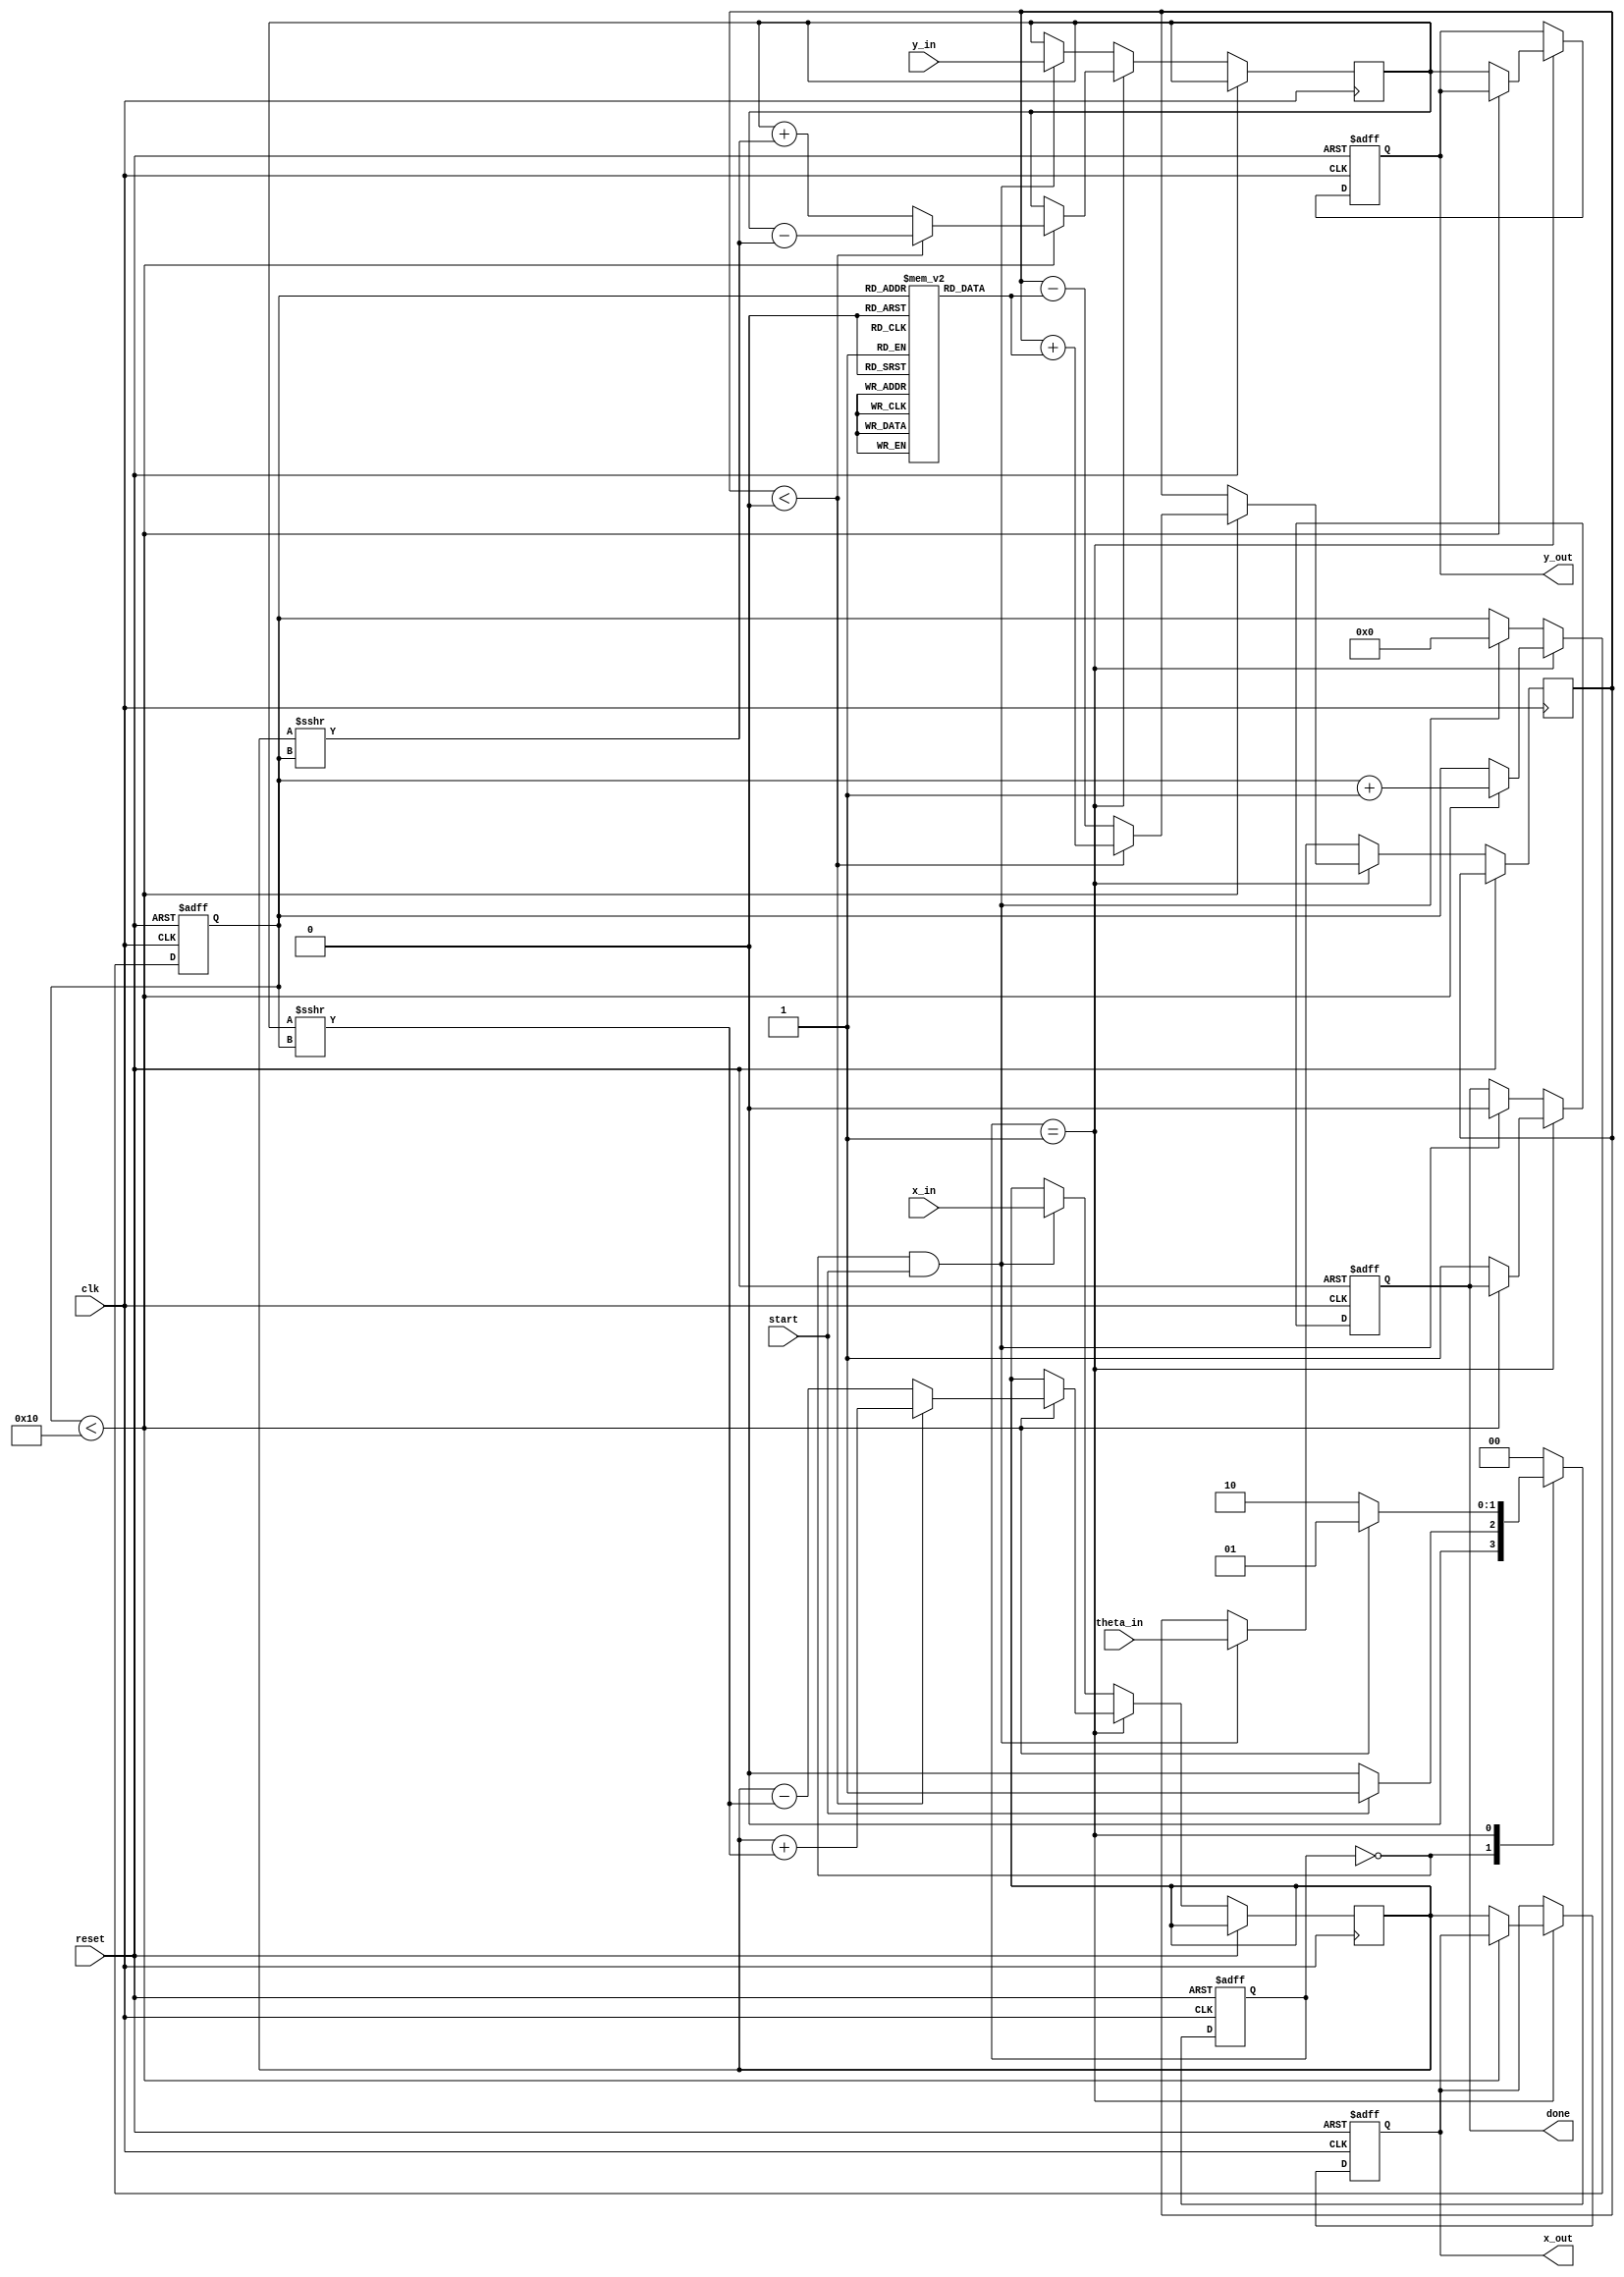
module cordic_fixed_point #(
    parameter WIDTH_X = 16,   // Width of x coordinate
    parameter WIDTH_Y = 16,   // Width of y coordinate
    parameter WIDTH_ANGLE = 16, // Width of angle input
    parameter N = 16          // Number of iterations
)(
    input wire clk,
    input wire reset,
    input wire start,
    input wire signed [WIDTH_X-1:0] x_in,
    input wire signed [WIDTH_Y-1:0] y_in,
    input wire signed [WIDTH_ANGLE-1:0] theta_in,
    output reg signed [WIDTH_X-1:0] x_out,
    output reg signed [WIDTH_Y-1:0] y_out,
    output reg done
);

    // CORDIC rotation angles (arctan(2^-i) in fixed-point representation)
    reg signed [WIDTH_ANGLE-1:0] angle_table [0:N-1];
    initial begin
        angle_table[0] = 16'h1C71; // arctan(1) = 45 degrees in fixed-point
        angle_table[1] = 16'h0D89; // arctan(0.5) = 26.565 degrees in fixed-point
        angle_table[2] = 16'h05A8; // arctan(0.25) = 14.036 degrees in fixed-point
        // Add more angles as needed...
        angle_table[3] = 16'h028D; // arctan(0.125)
        angle_table[4] = 16'h0142; // arctan(0.0625)
        angle_table[5] = 16'h00A1; // arctan(0.03125)
        angle_table[6] = 16'h0051; // arctan(0.015625)
        angle_table[7] = 16'h0028; // arctan(0.0078125)
        angle_table[8] = 16'h0014; // arctan(0.00390625)
        angle_table[9] = 16'h000A; // arctan(0.001953125)
        angle_table[10] = 16'h0005; // arctan(0.0009765625)
        angle_table[11] = 16'h0002; // arctan(0.00048828125)
        angle_table[12] = 16'h0001; // arctan(0.000244140625)
        angle_table[13] = 16'h0001; // arctan(0.0001220703125)
        angle_table[14] = 16'h0000; // arctan(0.00006103515625)
        angle_table[15] = 16'h0000; // arctan(0.000030517578125)
    end

    reg [3:0] iter;
    reg signed [WIDTH_X-1:0] x_reg;
    reg signed [WIDTH_Y-1:0] y_reg;
    reg signed [WIDTH_ANGLE-1:0] theta_reg;

    // FSM states
    localparam IDLE = 2'b00, COMPUTE = 2'b01, DONE = 2'b10;
    reg [1:0] state, next_state;

    // CORDIC computation
    always @(posedge clk or posedge reset) begin
        if (reset) begin
            state <= IDLE;
            done <= 0;
            iter <= 0;
            x_out <= 0;
            y_out <= 0;
        end else begin
            state <= next_state;
            if (state == COMPUTE) begin
                if (iter < N) begin
                    // CORDIC rotation logic
                    if (theta_reg < 0) begin
                        // Rotate clockwise
                        x_reg <= x_reg + (y_reg >>> iter);
                        y_reg <= y_reg - (x_reg >>> iter);
                        theta_reg <= theta_reg + angle_table[iter];
                    end else begin
                        // Rotate counter-clockwise
                        x_reg <= x_reg - (y_reg >>> iter);
                        y_reg <= y_reg + (x_reg >>> iter);
                        theta_reg <= theta_reg - angle_table[iter];
                    end
                    iter <= iter + 1;
                end else begin
                    // Output results
                    x_out <= x_reg;
                    y_out <= y_reg;
                    done <= 1;
                end
            end else if (state == IDLE && start) begin
                // Initialize values
                x_reg <= x_in;
                y_reg <= y_in;
                theta_reg <= theta_in;
                iter <= 0;
                done <= 0;
            end
        end
    end

    // State transition logic
    always @(*) begin
        case (state)
            IDLE: next_state = start ? COMPUTE : IDLE;
            COMPUTE: next_state = (iter < N) ? COMPUTE : DONE;
            DONE: next_state = IDLE;
            default: next_state = IDLE;
        endcase
    end

endmodule